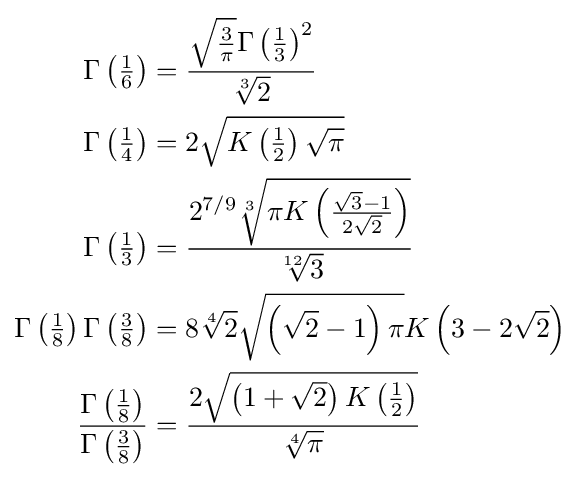
{\begin{aligned}\Gamma \left({\tfrac {1}{6}}\right)&={\frac {{\sqrt {\frac {3}{\pi }}}\Gamma \left({\frac {1}{3}}\right)^{2}}{\sqrt[{3}]{2}}}\\\Gamma \left({\tfrac {1}{4}}\right)&=2{\sqrt {K\left({\tfrac {1}{2}}\right){\sqrt {\pi }}}}\\\Gamma \left({\tfrac {1}{3}}\right)&={\frac {2^{7/9}{\sqrt[{3}]{\pi K\left({\frac {{\sqrt {3}}-1}{2{\sqrt {2}}}}\right)}}}{\sqrt[{12}]{3}}}\\\Gamma \left({\tfrac {1}{8}}\right)\Gamma \left({\tfrac {3}{8}}\right)&=8{\sqrt[{4}]{2}}{\sqrt {\left({\sqrt {2}}-1\right)\pi }}K\left(3-2{\sqrt {2}}\right)\\{\frac {\Gamma \left({\frac {1}{8}}\right)}{\Gamma \left({\frac {3}{8}}\right)}}&={\frac {2{\sqrt {\left(1+{\sqrt {2}}\right)K\left({\frac {1}{2}}\right)}}}{\sqrt[{4}]{\pi }}}\end{aligned}}